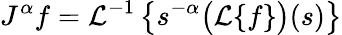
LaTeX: J^{\alpha}f={\mathcal{L}}^{-1}\left\{ s^{-\alpha}{\bigl(}{\mathcal{L}}\{ f\} {\bigr)}(s)\right\}